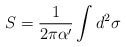
\begin{align*}S = \frac{1}{2\pi \alpha'} \int d^2 \sigma\end{align*}